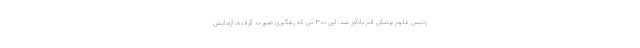
رئیس علوم پزشکی قم یادآور شد: این ۳۰۰ تَن که رهگیری صورت گرفته، آزمایش